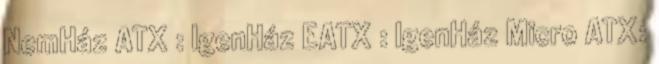
NemHáz ATX : IgenHáz EATX : IgenHáz Micro ATX: